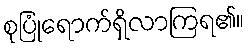
စုပြုံရောက်ရှိလာကြရ၏။